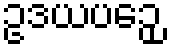
ဥဒယပဉှေ